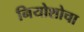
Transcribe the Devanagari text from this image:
नियोशोचा